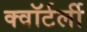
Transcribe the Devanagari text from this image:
क्वॉर्टर्ली